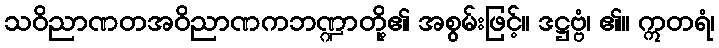
သဝိညာဏတအဝိညာဏကဘဏ္ဍာတို့၏ အစွမ်းဖြင့်။ ဒဋ္ဌဗ္ဗံ၊ ၏။ ဣတရံ၊